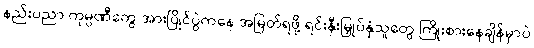
နည်းပညာ ကုမ္ပဏီတွေ အားပြိုင်ပွဲကနေ အမြတ်ရဖို့ ရင်းနှီးမြှုပ်နှံသူတွေ ကြိုးစားနေချိန်မှာပဲ